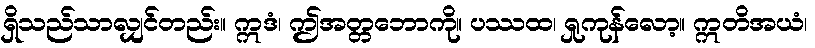
ရှိသည်သာလျှင်တည်း။ ဣဒံ၊ ဤအတ္တဘောကို။ ပဿထ၊ ရှုကုန်လော့။ ဣတိအယံ၊